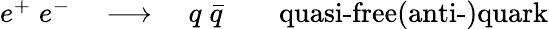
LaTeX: \begin{array}{r}{e^{+}\; e^{-}\quad\longrightarrow\quad q\; \bar{q}\qquad\textrm{quasi-free(anti-)quark}}\end{array}